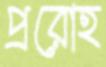
প্ররোহ